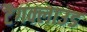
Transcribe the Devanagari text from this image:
टैगक्लाउड